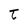
Character: t